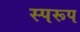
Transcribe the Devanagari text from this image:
स्परूप